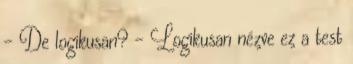
- De logikusan? - Logikusan nézve ez a test